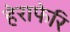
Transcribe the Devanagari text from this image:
हेराफेरि